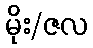
မိုး/ဇလ